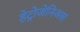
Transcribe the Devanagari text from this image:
हेट्रोजेनिअस